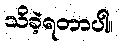
သိခဲ့ရတာပါ။